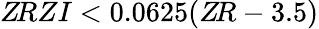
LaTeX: Z\! RZI<0.0625(Z\! R-3.5)